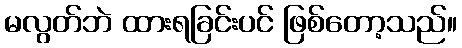
မလွတ်ဘဲ ထားရခြင်းပင် ဖြစ်တော့သည်။